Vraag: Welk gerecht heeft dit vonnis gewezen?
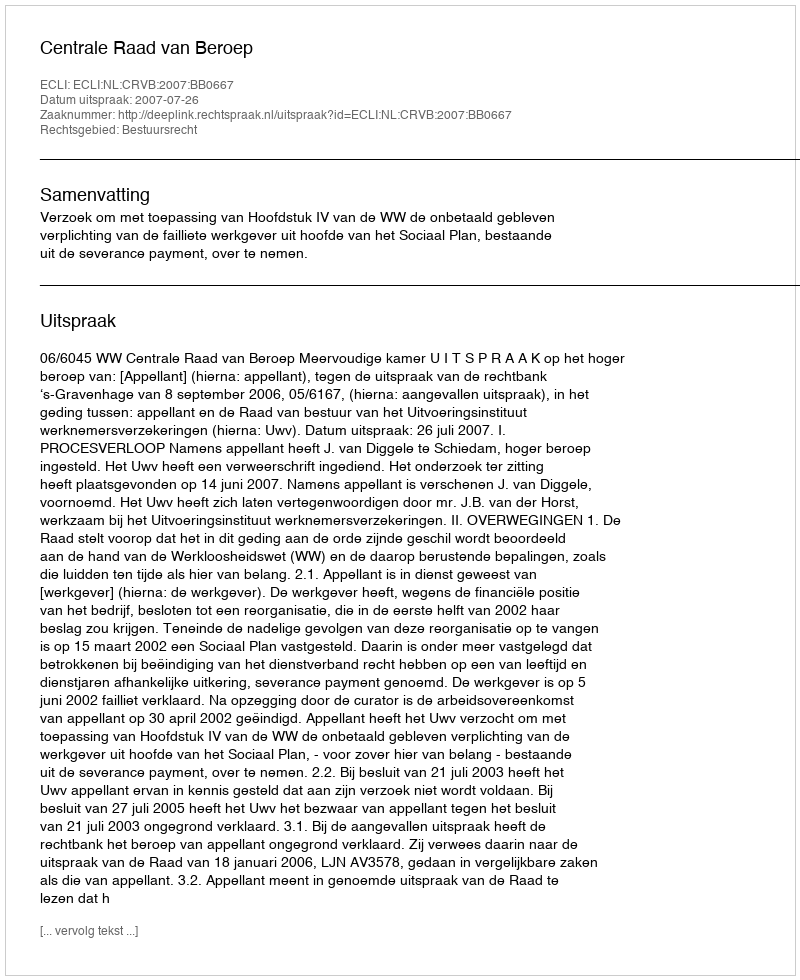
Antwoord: Centrale Raad van Beroep